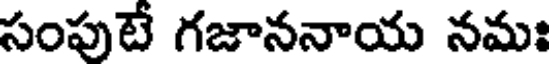
సంపుటే గజాననాయ నమః